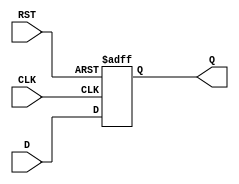
module intermediate_register #(
    parameter BIT_WIDTH = 8  // Specify the bit width here (default is 8)
)(
    input  wire [BIT_WIDTH-1:0] D,    // Data input
    input  wire CLK,                   // Clock input
    input  wire RST,                   // Reset signal
    output reg  [BIT_WIDTH-1:0] Q      // Data output
);

    // Always block to handle the clock and reset behavior
    always @(posedge CLK or posedge RST) begin
        if (RST) begin
            Q <= {BIT_WIDTH{1'b0}};      // Reset output to 0 (or you can specify a different value)
        end else begin
            Q <= D;                      // Capture the input data on clock edge
        end
    end

endmodule